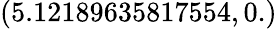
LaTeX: (5.12189635817554,0.)